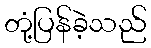
တုံ့ပြန်ခဲ့သည်